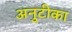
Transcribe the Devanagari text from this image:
अनुटीका